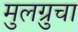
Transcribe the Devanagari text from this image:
मुलग्रुचा